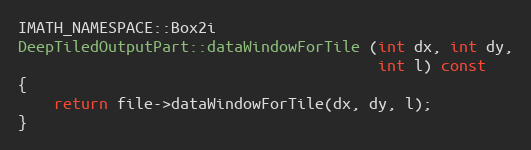
Language: C++
IMATH_NAMESPACE::Box2i
DeepTiledOutputPart::dataWindowForTile (int dx, int dy,
                                        int l) const
{
    return file->dataWindowForTile(dx, dy, l);
}